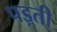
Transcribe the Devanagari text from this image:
पड़्ती